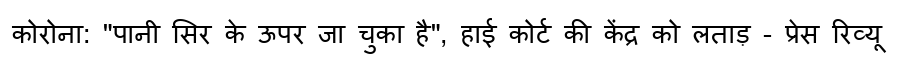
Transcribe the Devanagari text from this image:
कोरोना: "पानी सिर के ऊपर जा चुका है", हाई कोर्ट की केंद्र को लताड़ - प्रेस रिव्यू